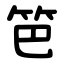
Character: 笆